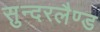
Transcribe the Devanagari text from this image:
सुन्दरलैण्ड